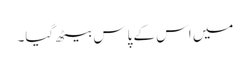
میں اس کے پاس بیٹھ گیا۔